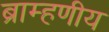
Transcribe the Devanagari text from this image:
ब्राम्हणीय